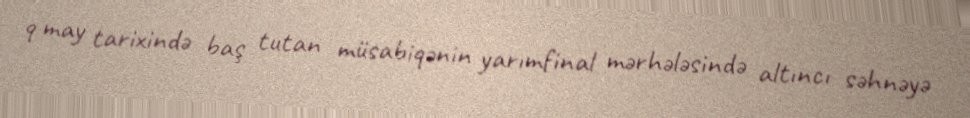
9 may tarixində baş tutan müsabiqənin yarımfinal mərhələsində altıncı səhnəyə